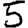
Digit: 5